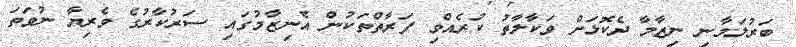
ބަރުލަމާނި ނިޒާމާ ދެކޮޅަށް ވަކާލާތު ކުރެއްވި ފަރާތްތަކުން އެނިޒާމުގައި ސަރުކާރުގެ ވެރިޔާ ނުވަތަ